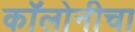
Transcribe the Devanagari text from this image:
कॉलोनीचा